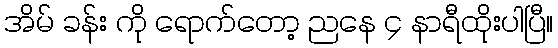
အိမ် ခန်း ကို ရောက်တော့ ညနေ ၄ နာရီထိုးပါပြီ။